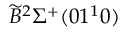
\widetilde { B } ^ { 2 } \Sigma ^ { + } ( 0 1 ^ { 1 } 0 )